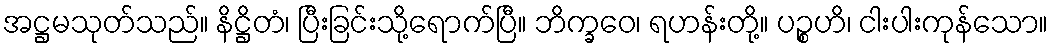
အဋ္ဌမသုတ်သည်။ နိဋ္ဌိတံ၊ ပြီးခြင်းသို့ရောက်ပြီ။ ဘိက္ခဝေ၊ ရဟန်းတို့။ ပဉ္စဟိ၊ ငါးပါးကုန်သော။